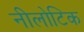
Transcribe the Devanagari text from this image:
नीलोटिक